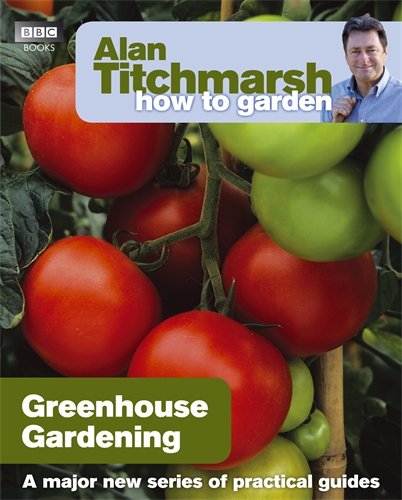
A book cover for Alan Titchmarsh How to Garden: Greenhouse Gardening; Alan Titchmarsh; Crafts, Hobbies & Home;